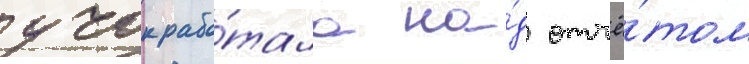
учок рабо́тала на́д отчё́том